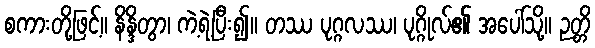
စကားတို့ဖြင့်။ နိန္ဒိတွာ၊ ကဲ့ရဲ့ပြီး၍။ တဿ ပုဂ္ဂလဿ၊ ပုဂ္ဂိုလ်၏ အပေါ်သို့။ ဉတ္တိ